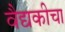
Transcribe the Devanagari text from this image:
वैद्यकीचा